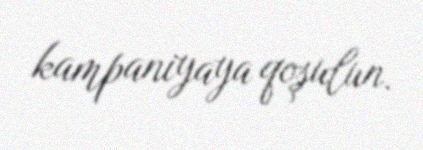
kampaniyaya qoşulun.